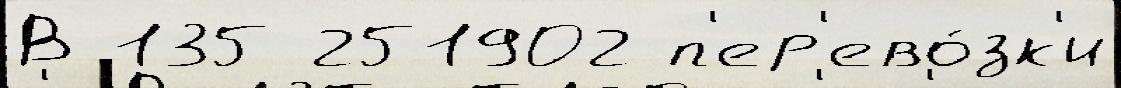
В 135 251902 п'ер'ево́зк'и